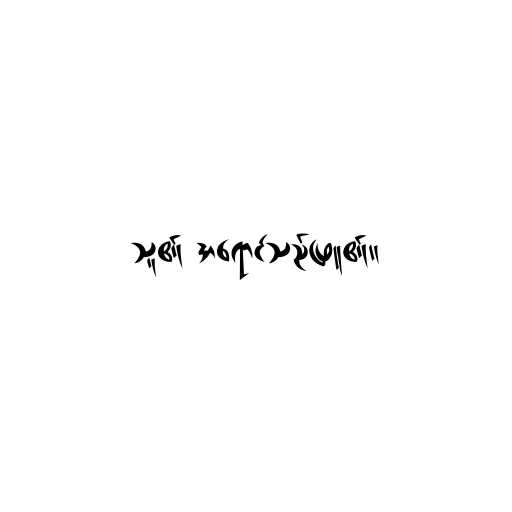
သူ၏ အရောင်သည်ဖြူ၏။